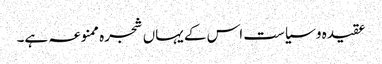
عقیدہ و سیاست اس کے یہاں شجرہ ممنوعہ ہے۔